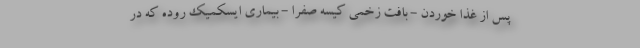
پس از غذا خوردن - بافت زخمی کیسه صفرا - بیماری ایسکمیک روده که در